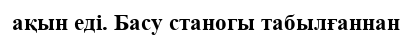
ақын еді. Басу станогы табылғаннан